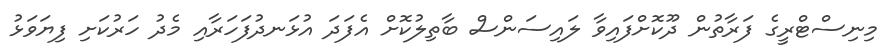
މިނިސްޓްރީގެ ފަރާތުން ދޫކޮށްފައިވާ ލައިސަންސް ބާތިލުކޮށް އެފަދަ އުޅަނދުފަހަރާއި މެދު ހަރުކަށި ފިޔަވަޅު